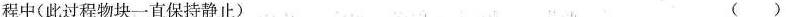
程中(此过程物块一直保持静止) ()